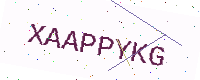
Text: XAAPPYKG